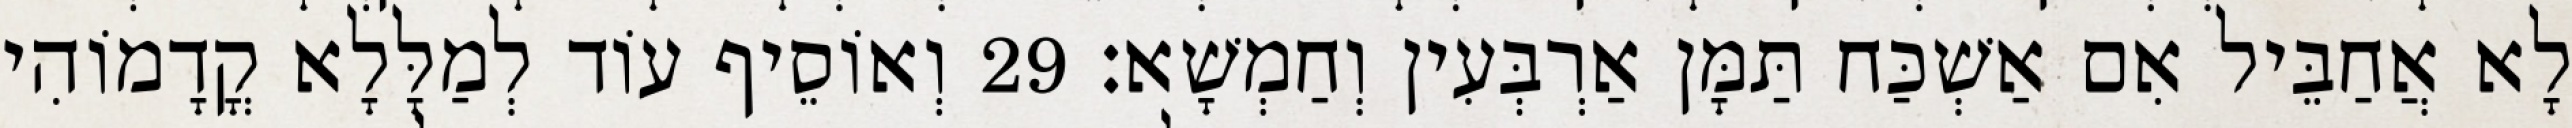
לָא אֲחַבֵּיל אִם אַשְׁכַּח תַּמָּן אַרְבְּעִין וְחַמְשָׁא׃ 29 וְאוֹסֵיף עוֹד לְמַלָּלָא קֳדָמוֹהִי